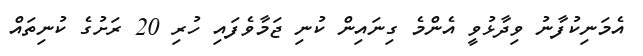
އެމަނިކުފާނު ވިދާޅުވީ އެންމެ ގިނައިން ކުނި ޖަމާވެފައި ހުރި 20 ރަށުގެ ކުނިތައް